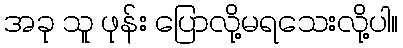
အခု သူ ဖုန်း ပြောလို့မရသေးလို့ပါ။